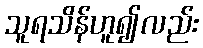
သူရသိန်ဟူ၍လည်း